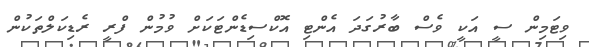
ވިޓަމިން ސީ އަކީ ވެސް ބާރުގަދަ އެންޓި އޮކްސިޑެންޓަކަށް ވުމުން ފްރީ ރެޑިކަލްތަކުން